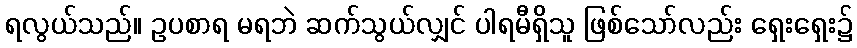
ရလွယ်သည်။ ဥပစာရ မရဘဲ ဆက်သွယ်လျှင် ပါရမီရှိသူ ဖြစ်သော်လည်း ရှေးရှေး၌